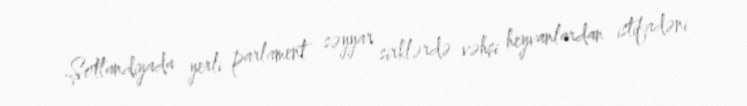
Şotlandiyada yerli parlament səyyar sirklərdə vəhşi heyvanlardan istifadəni